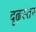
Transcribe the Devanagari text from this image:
दृढ़स्तर